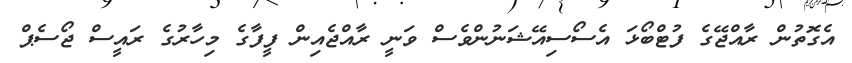
އެގޮތުން ރާއްޖޭގެ ފުޓްބޯޅަ އެސޯސިއޭޝަނުންވެސް ވަނީ ރާއްޖެއިން ފީފާގެ މިހާރުގެ ރައީސް ޖޯސެޕް